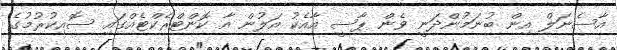
އާސެނަލް އިން ބުނަމުންދަނީ ވެން ޕާސީ އާއެކު އަލުން އާ ކޮންޓްރެކްޓެއްގައި ސޮއިކުރުމުގެ